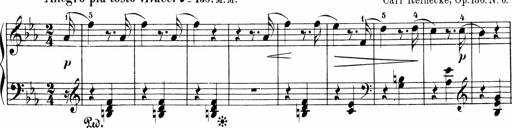
Title: 6 Sonatinas
Composer: Carl Reinecke